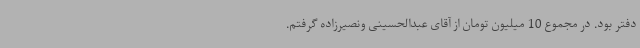
دفتر بود. در مجموع 10 میلیون تومان از آقای عبدالحسینی ونصیرزاده گرفتم.